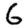
Digit: 6